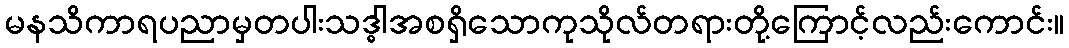
မနသိကာရပညာမှတပါးသဒ္ဓါအစရှိသောကုသိုလ်တရားတို့ကြောင့်လည်းကောင်း။